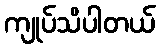
ကျုပ်သိပါတယ်